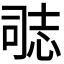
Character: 𭝝